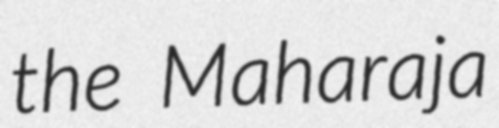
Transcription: the Maharaja